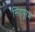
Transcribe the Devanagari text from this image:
सिंहपुरम